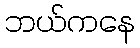
ဘယ်ကနေ